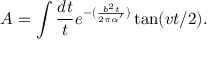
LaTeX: A = \int \frac { d t } { t } e ^ { - ( \frac { b ^ { 2 } t } { 2 \pi \alpha ^ { \prime } } ) } \tan ( v t / 2 ) .